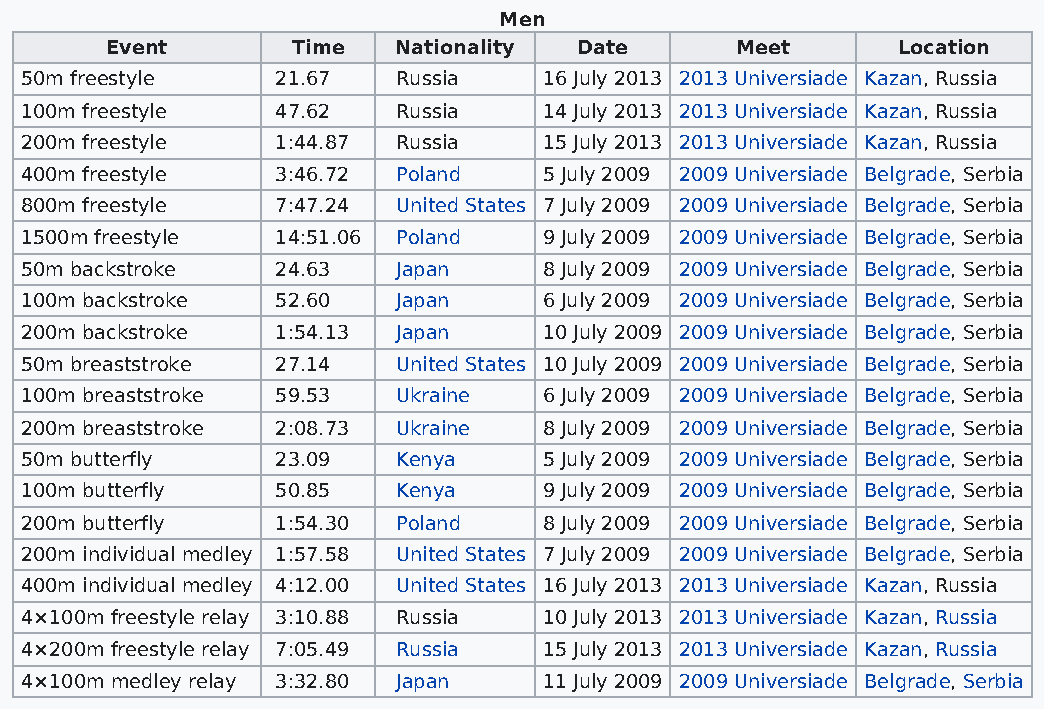
Men
 Event       Time   Nationality Date       Meet      Location
 50m freestyle    21.67   Russia    16 July 2013 2013 Universiade Kazan, Russia
 100m freestyle   47.62   Russia    14 July 2013 2013 Universiade Kazan, Russia
 200m freestyle   1:44.87 Russia    15 July 2013 2013 Universiade Kazan, Russia
 400m freestyle   3:46.72 Poland    5 July 2009 2009 Universiade Belgrade, Serbia
 800m freestyle   7:47.24 United States 7 July 2009 2009 Universiade Belgrade, Serbia
 1500m freestyle  14:51.06 Poland   9 July 2009 2009 Universiade Belgrade, Serbia
 50m backstroke   24.63   Japan     8 July 2009 2009 Universiade Belgrade, Serbia
 100m backstroke  52.60   Japan     6 July 2009 2009 Universiade Belgrade, Serbia
 200m backstroke  1:54.13 Japan     10 July 2009 2009 Universiade Belgrade, Serbia
 50m breaststroke 27.14   United States 10 July 2009 2009 Universiade Belgrade, Serbia
 100m breaststroke 59.53  Ukraine   6 July 2009 2009 Universiade Belgrade, Serbia
 200m breaststroke 2:08.73 Ukraine  8 July 2009 2009 Universiade Belgrade, Serbia
 50m butterfly    23.09   Kenya     5 July 2009 2009 Universiade Belgrade, Serbia
 100m butterfly   50.85   Kenya     9 July 2009 2009 Universiade Belgrade, Serbia
 200m butterfly   1:54.30 Poland    8 July 2009 2009 Universiade Belgrade, Serbia
 200m individual medley 1:57.58 United States 7 July 2009 2009 Universiade Belgrade, Serbia
 400m individual medley 4:12.00 United States 16 July 2013 2013 Universiade Kazan, Russia
 4×100m freestyle relay 3:10.88 Russia 10 July 2013 2013 Universiade Kazan, Russia
 4×200m freestyle relay 7:05.49 Russia 15 July 2013 2013 Universiade Kazan, Russia
 4×100m medley relay 3:32.80 Japan  11 July 2009 2009 Universiade Belgrade, Serbia